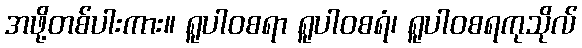
အဖို့တစ်ပါးကား။ ရူပါဝစရာ ရူပါဝစရံ၊ ရူပါဝစရကုသိုလ်